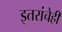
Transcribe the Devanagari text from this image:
इतरांचेही